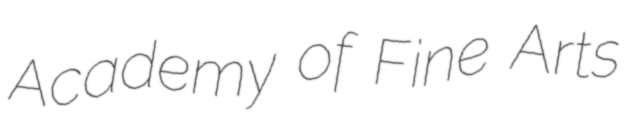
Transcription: Academy of Fine Arts